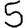
Digit: 5